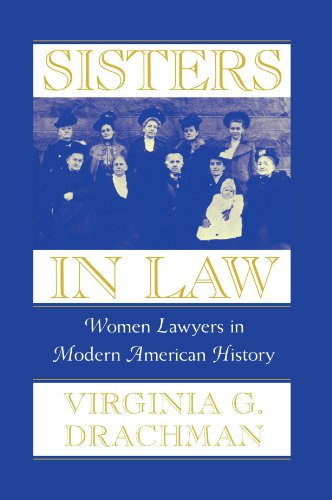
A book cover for Sisters In Law: Women Lawyers in Modern American History; Virginia G. Drachman; Law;